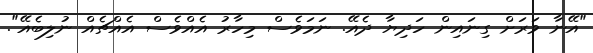
"އޭނާ ވަރަށް ގިނައިން ހަދިޔާ ދެއޭ. ނަމަވެސް މިހާރު އެއްވެސް އެއްޗެއް ނުލިބެއޭ".